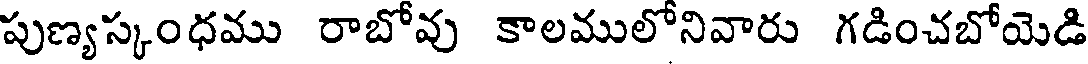
పుణ్యస్కంధము రాబోవు కాలములోనివారు గడించబోయెడి